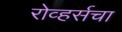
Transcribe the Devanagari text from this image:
रोव्हर्सचा